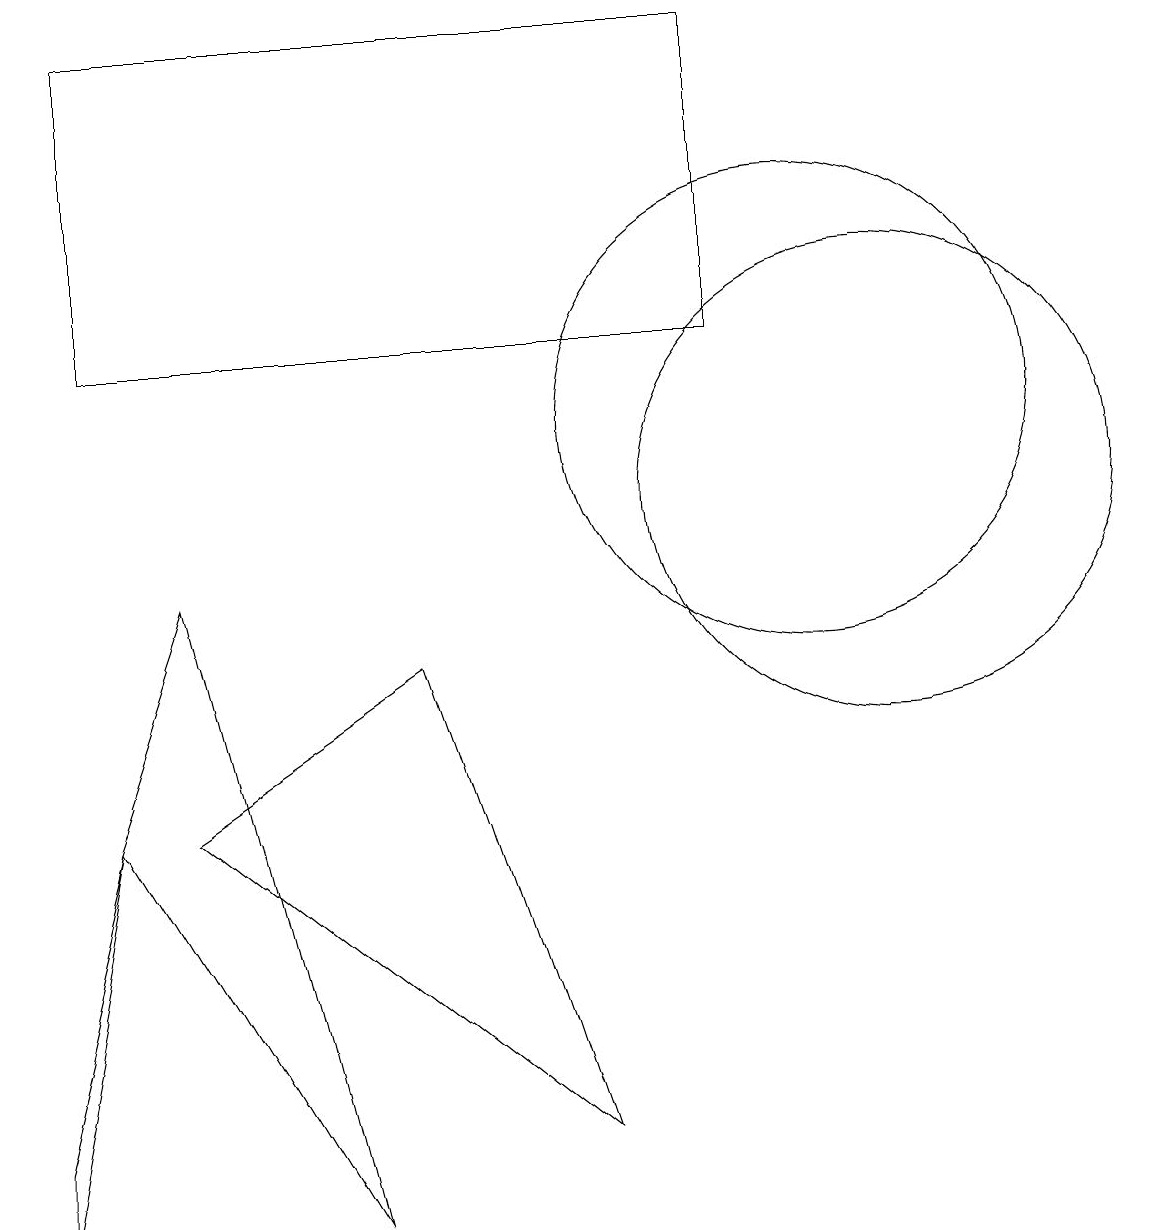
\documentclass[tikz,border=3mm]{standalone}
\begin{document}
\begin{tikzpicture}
\draw (1,12) rectangle (9,16);
\draw (4,1) -- (1,6) -- (2,9) -- cycle;
\draw (11,10) circle (3);
\draw (0,2) -- (0,1) -- (1,6) -- cycle;
\draw (2,6) -- (5,8) -- (7,2) -- cycle;
\draw (10,11) circle (3);
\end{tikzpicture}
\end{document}